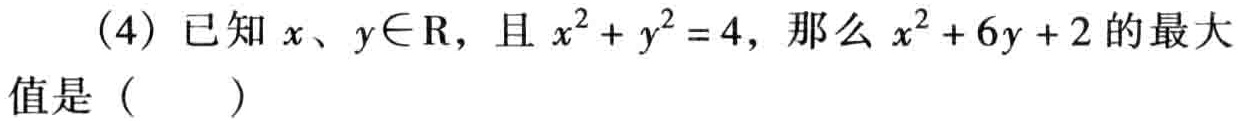
(4) 已知 \(x、y\in \mathrm{R}\)，且 \(x^{2}+y^{2}=4\)，那么 \(x^{2}+6y + 2\) 的最大值是（  ）